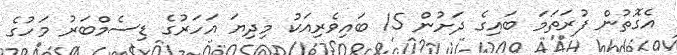
އެގޮތުން ފުރަތަމަ ބައިގެ ދަށުން 15 ބައިވެރިއަކު މިދިޔަ އަހަރުގެ ޑިސެމްބަރު މަހުގެ